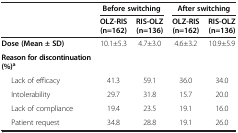
|  | <COLSPAN=2> Before switching | <COLSPAN=2> After switching |
 |  | OLZ-RIS (n=162) | RIS-OLZ (n=136) | OLZ-RIS (n=162) | RIS-OLZ (n=136) |
 | --- | --- | --- | --- | --- |
 | Dose (Mean ± SD) | 10.1±5.3 | 4.7±3.0 | 4.6±3.2 | 10.9±5.9 |
 | Reason for discontinuation (%)a |  |  |  |  |
 | Lack of efficacy | 41.3 | 59.1 | 36.0 | 34.0 |
 | Intolerability | 29.7 | 31.8 | 15.7 | 20.0 |
 | Lack of compliance | 19.4 | 23.5 | 19.1 | 16.0 |
 | Patient request | 34.8 | 28.8 | 19.1 | 26.0 |